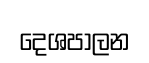
දෙශපාලන